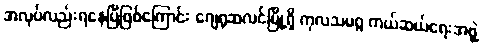
အလုပ်လည်းရနေပြီဖြစ်ကြောင်း ဂျေရုဆလင်မြို့ရှိ ကုလသမဂ္ဂ ကယ်ဆယ်ရေးအဖွဲ့